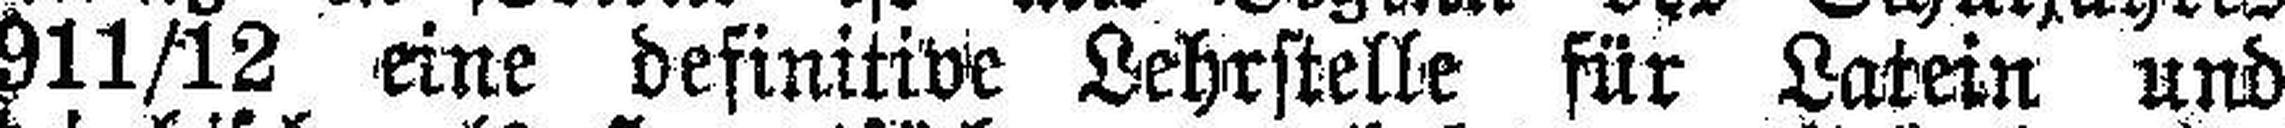
1911/12 eine definitive Lehrstelle für Latein und